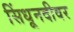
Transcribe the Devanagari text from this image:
सिंधूनदीवर